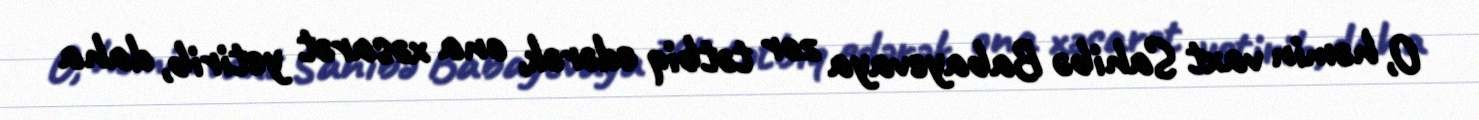
O, həmin vaxt Sahibə Babayevaya zor tətbiq edərək, ona xəsarət yetirib, daha